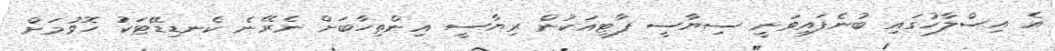
އެ އިސްލާހުގައި ބުނެފައިވަނީ ސިޔާސީ ޕާޓީއަކުން ރިޔާސީ އިންތިހާބަށް ނެރޭނެ ކެނޑިޑޭޓަކު ހޮވުމަށް